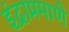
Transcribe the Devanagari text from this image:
इंद्राप्रमाणे